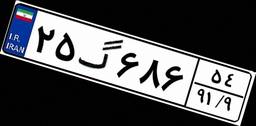
۲۵گ۶۸۶۵۴